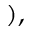
) ,